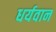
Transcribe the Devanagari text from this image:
धर्यवान